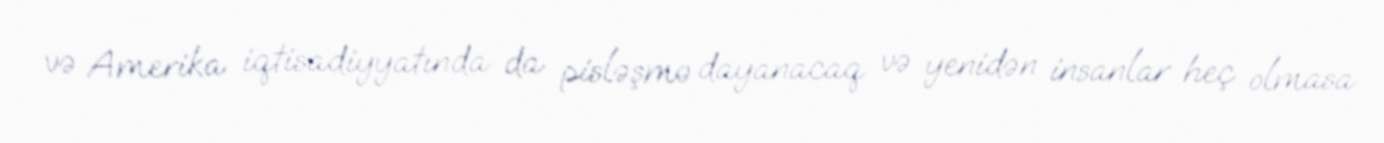
və Amerika iqtisadiyyatında da pisləşmə dayanacaq və yenidən insanlar heç olmasa